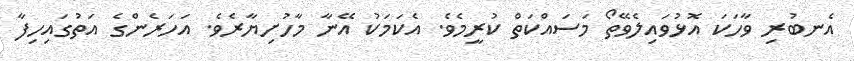
އެނބުރި ވާހަކަ އޮޅުވައިލެވޭތޯ މަސައްކަތް ކުރީމެވެ. އެކަމަކު އޭނާ މާހުށިޔާރެވެ. އަހަރެންގެ އަތުގައިހިފާ